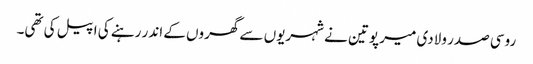
روسی صدر ولادی میر پوتین نے شہریوں سے گھروں کے اندر رہنے کی اپیل کی تھی۔